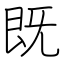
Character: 既